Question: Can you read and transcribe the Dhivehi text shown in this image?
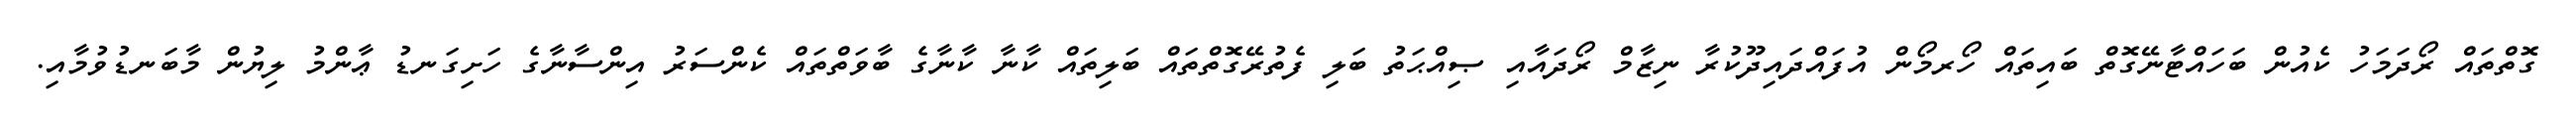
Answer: ގޮތްތައް ރޯދަމަހު ކެއުން ބަހައްޓާނޭގޮތް ބައިތައް ހޯރމޯން އުފައްދައިދޫކުރާ ނިޒާމް ރޯދައާއި ޞިއްޙަތު ބަލި ފެތުރޭގޮތްތައް ބަލިތައް ކާނާ ކާނާގެ ބާވަތްތައް ކެންސަރު އިންސާނާގެ ހަށިގަނޑު ޢާންމު ލިޔުން މާބަނޑުވުމާއި.